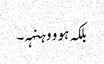
بلکہ ہو و وہنہہ۔